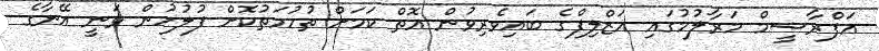
އަފްރާޝީމް މަރާލުމުގައި އަޒްލިފްގެ ބައިވެރިވުން އޮތް ކަމަށް ތުހުމަތުކޮށް ފުލުހުން ވަނީ އޭނާގެ